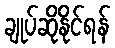
ချုပ်ဆိုနိုင်ရန်